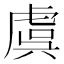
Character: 虞